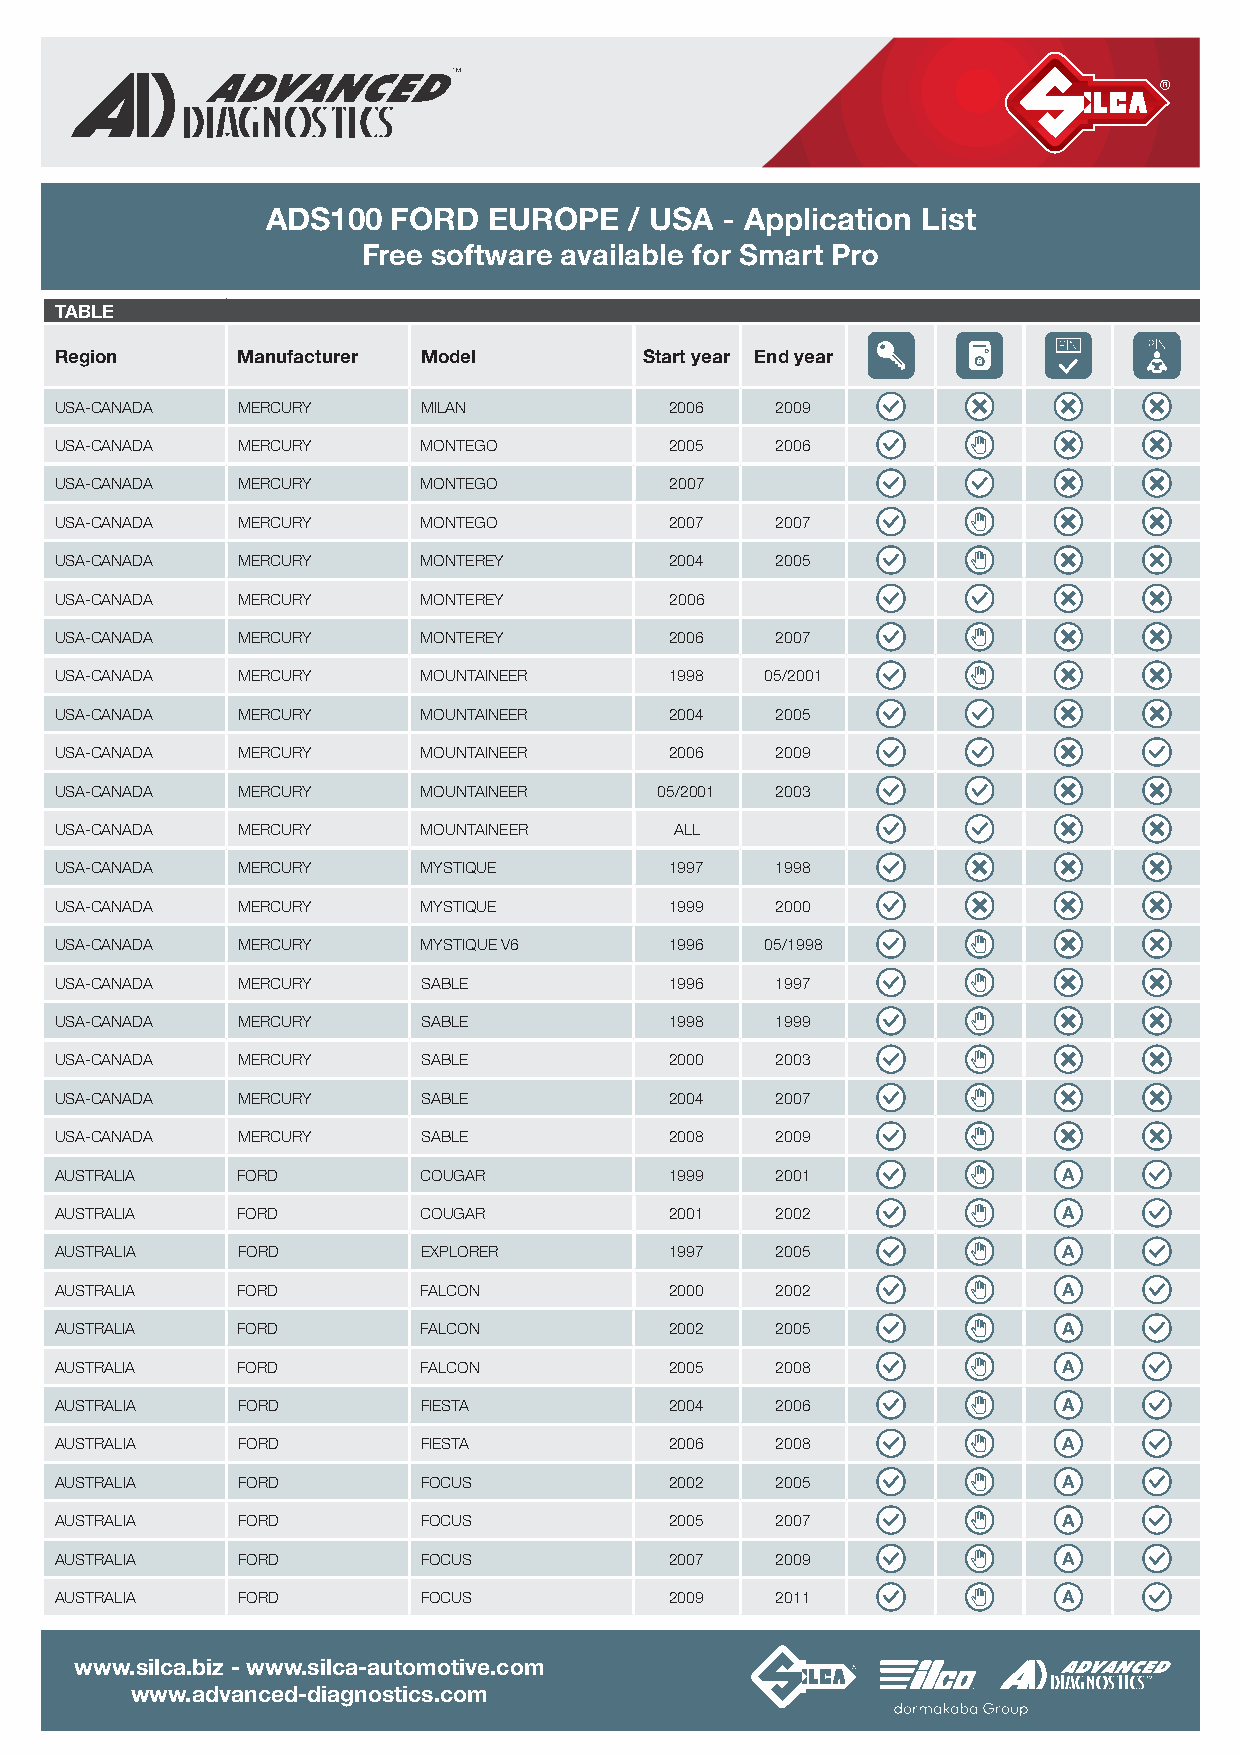
ADS100  FORD  EUROPE    / USA - Application List
 Free software available for Smart Pro
 TABLE
 Region      Manufacturer Model         Start year End year
 USA- CANADA MERCURY     MILAN           2006   2009
 USA- CANADA MERCURY     MONTEGO         2005   2006
 USA- CANADA MERCURY     MONTEGO         2007
 USA- CANADA MERCURY     MONTEGO         2007   2007
 USA- CANADA MERCURY     MONTEREY        2004   2005
 USA- CANADA MERCURY     MONTEREY        2006
 USA- CANADA MERCURY     MONTEREY        2006   2007
 USA- CANADA MERCURY     MOUNTAINEER     1998   05/2001
 USA- CANADA MERCURY     MOUNTAINEER     2004   2005
 USA- CANADA MERCURY     MOUNTAINEER     2006   2009
 USA- CANADA MERCURY     MOUNTAINEER     05/2001 2003
 USA- CANADA MERCURY     MOUNTAINEER      ALL
 USA- CANADA MERCURY     MYSTIQUE        1997   1998
 USA- CANADA MERCURY     MYSTIQUE        1999   2000
 USA- CANADA MERCURY     MYSTIQUE V6     1996   05/1998
 USA- CANADA MERCURY     SABLE           1996   1997
 USA- CANADA MERCURY     SABLE           1998   1999
 USA- CANADA MERCURY     SABLE           2000   2003
 USA- CANADA MERCURY     SABLE           2004   2007
 USA- CANADA MERCURY     SABLE           2008   2009
 AUSTRALIA   FORD        COUGAR          1999   2001
 AUSTRALIA   FORD        COUGAR          2001   2002
 AUSTRALIA   FORD        EXPLORER        1997   2005
 AUSTRALIA   FORD        FALCON          2000   2002
 AUSTRALIA   FORD        FALCON          2002   2005
 AUSTRALIA   FORD        FALCON          2005   2008
 AUSTRALIA   FORD        FIESTA          2004   2006
 AUSTRALIA   FORD        FIESTA          2006   2008
 AUSTRALIA   FORD        FOCUS           2002   2005
 AUSTRALIA   FORD        FOCUS           2005   2007
 AUSTRALIA   FORD        FOCUS           2007   2009
 AUSTRALIA   FORD        FOCUS           2009   2011
 www.silca.biz - www.silca-automotive.com
 www.advanced-diagnostics.com